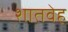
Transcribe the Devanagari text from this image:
शातवेह